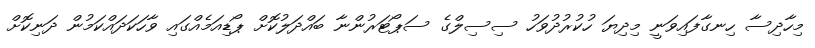
މިހާދިސާ ހިނގާފައިވަނީ މިދިޔަ ހުކުރުދުވަހު ސިސިލްގެ ސަޕޯޓަރުންނާ ބައްދަލުކޮށް ޕޯޑިއަމެއްގައި ވާހަކަދައްކަމުން ދަނިކޮށް